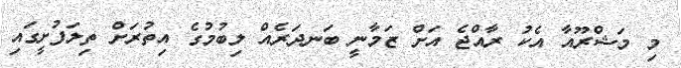
މި މަޝްރޫއާ އެކު ރާއްޖެ އަށް ޒަމާނީ ބަނދަރެއް ލިބުމުގެ އިތުރަށް ތިލަފުށީގައި